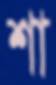
শা